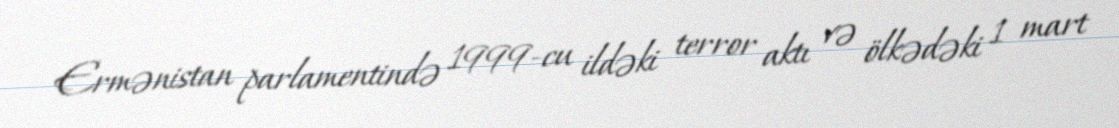
Ermənistan parlamentində 1999-cu ildəki terror aktı və ölkədəki 1 mart